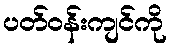
ပတ်ဝန်းကျင်ကို